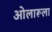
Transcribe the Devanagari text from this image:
ओलारूला